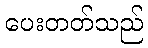
ပေးတတ်သည်